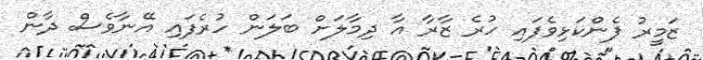
ޒަމީރު ފެންކަޅިވެފައި ހުރެ ޒާރާ އާ ދިމާލަށް ބަލަން ހުރެފައި އޭނާވެސް ދާން